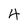
Character: 4